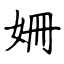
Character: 姍